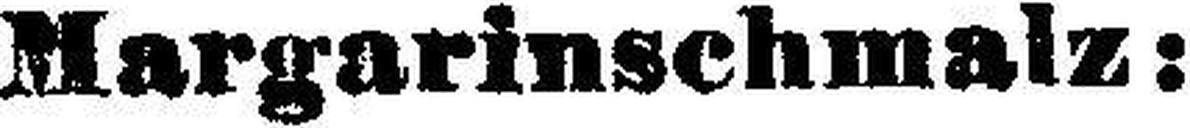
Margarinschmalz: